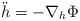
LaTeX: \begin{align*}\ddot{h} = - \nabla_h \Phi\end{align*}